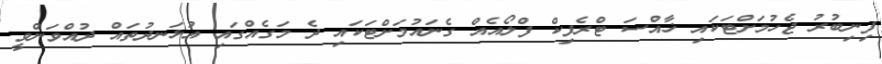
ފިނިބުރު ޖެހުމަށްޓަކައި ޚާއްސަ ޓްރެފިކް ފްލޯއެއް ގެނައުމަށްޓަކައި ދެ މަގެއްގައި އުޅަނދުތައް ދުއްވަންވީ